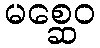
မစ္ဆေဝ